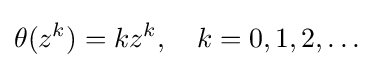
\theta (z^{k})=kz^{k},\quad k=0,1,2,\dots